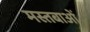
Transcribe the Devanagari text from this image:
मस्तबाओं